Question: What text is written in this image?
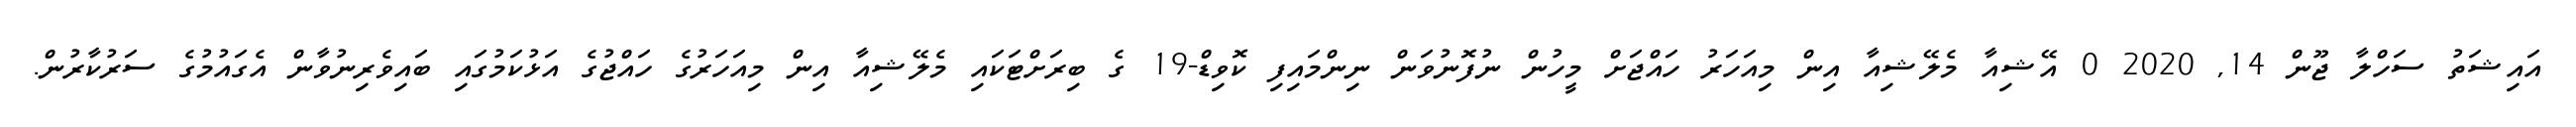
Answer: އައިޝަތު ސަހްލާ ޖޫން 14, 2020 0 އޭޝިއާ މެލޭޝިއާ އިން މިއަހަރު ހައްޖަށް މީހުން ނުފޮނުވަން ނިންމައިފި ކޮވިޑް-19 ގެ ބިރަށްޓަކައި މެލޭޝިއާ އިން މިއަހަރުގެ ހައްޖުގެ އަޅުކަމުގައި ބައިވެރިނުވާން އެގައުމުގެ ސަރުކާރުން.